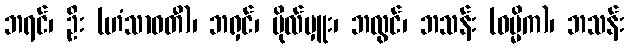
ဘရင်၊ ဦး (ဟံသာဝတီ)၊ ဘရှင်၊ ဗိုလ်မှူး၊ ဘလွင်၊ ဘသန်း (ဓမ္မိက)၊ ဘသန်း